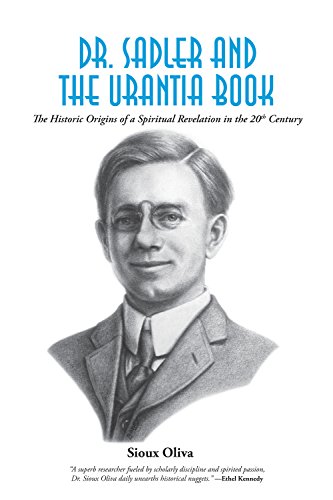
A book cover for Dr. Sadler and The Urantia Book: The Historic Origins of a Spiritual Revelation in the 20th Century; Sioux Oliva; Religion & Spirituality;